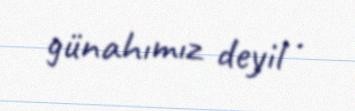
günahımız deyil .